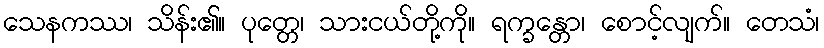
သေနကဿ၊ သိန်း၏။ ပုတ္တေ၊ သားငယ်တို့ကို။ ရက္ခန္တော၊ စောင့်လျက်။ တေသံ၊